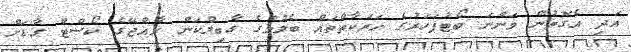
އަދި އެގޮތުން ވަންނަ ބޯޓުފަހަރުގެ ހަރަކާތްތައް ބެލުމުގެ ގާބިލްކަން ރާއްޖޭގެ ކޯސްޓް ގާޑަށް